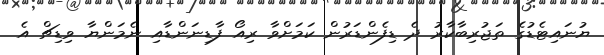
ޔުނައިޓެޑުގެ ތަޖުރިބާކާރު ދެ ޑިފެންޑަރުން ކަމަށްވާ ރިއޯ ފާޑިނަންޑާއި ނެމަންޔާ ވިޑިޗް އެ